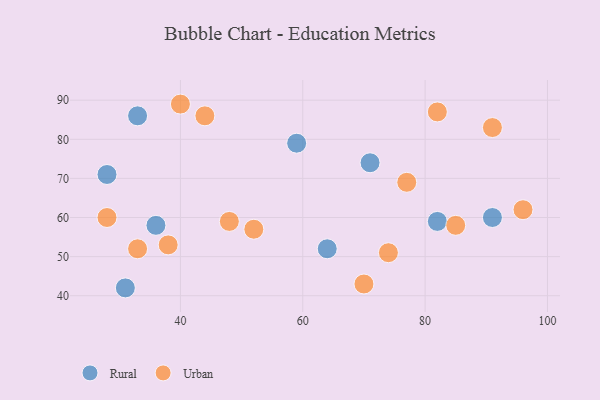
{"axis": {"x": "GDP", "y": "Life Expectancy"}, "legend": ["Rural", "Urban"], "data": [{"x": "36", "y": 58, "type": "Rural"}, {"x": "28", "y": 71, "type": "Rural"}, {"x": "82", "y": 59, "type": "Rural"}, {"x": "71", "y": 74, "type": "Rural"}, {"x": "33", "y": 86, "type": "Rural"}, {"x": "64", "y": 52, "type": "Rural"}, {"x": "91", "y": 60, "type": "Rural"}, {"x": "59", "y": 79, "type": "Rural"}, {"x": "31", "y": 42, "type": "Rural"}, {"x": "70", "y": 43, "type": "Urban"}, {"x": "74", "y": 51, "type": "Urban"}, {"x": "40", "y": 89, "type": "Urban"}, {"x": "96", "y": 62, "type": "Urban"}, {"x": "44", "y": 86, "type": "Urban"}, {"x": "48", "y": 59, "type": "Urban"}, {"x": "85", "y": 58, "type": "Urban"}, {"x": "91", "y": 83, "type": "Urban"}, {"x": "28", "y": 60, "type": "Urban"}, {"x": "82", "y": 87, "type": "Urban"}, {"x": "77", "y": 69, "type": "Urban"}, {"x": "33", "y": 52, "type": "Urban"}, {"x": "38", "y": 53, "type": "Urban"}, {"x": "52", "y": 57, "type": "Urban"}]}